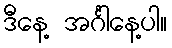
ဒီနေ့ အင်္ဂါနေ့ပါ။